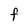
Character: F